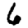
Digit: 6